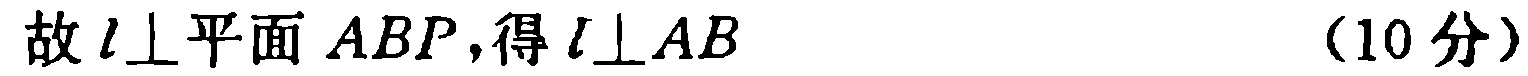
故 \(l\perp\)平面 \(ABP\)，得 \(l\perp AB\) （10分）